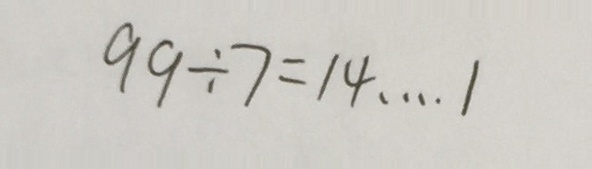
9 9 \div 7 = 1 4 \cdots 1